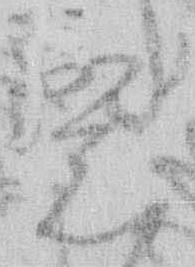
意